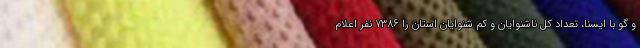
و گو با ایسنا، تعداد کل ناشنوایان و کم شنوایان استان را 7386 نفر اعلام